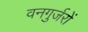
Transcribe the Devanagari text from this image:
वनगुर्जरों